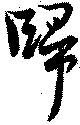
歸